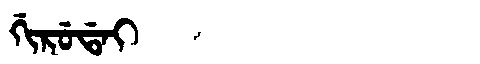
Manchu: ᡤᡳᡵᡠᡩᠠᡳ
Romanization: GIRUDAI